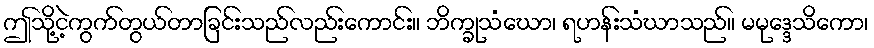
ဤသို့ငဲ့ကွက်တွယ်တာခြင်းသည်လည်းကောင်း။ ဘိက္ခုသံဃော၊ ရဟန်းသံဃာသည်။ မမုဒ္ဒေသိကော၊